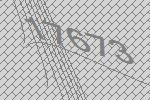
17673